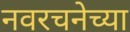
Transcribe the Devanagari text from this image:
नवरचनेच्या